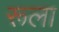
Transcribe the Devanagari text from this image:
रूला